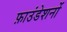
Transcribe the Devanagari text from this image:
फ़ाउंडेशनों